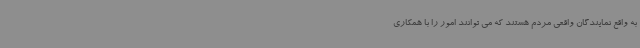
به واقع نمایندگان واقعی مردم هستند که می توانند امور را با همکاری